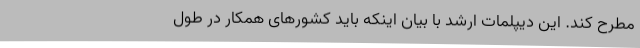
مطرح کند. این دیپلمات ارشد با بیان اینکه باید کشورهای همکار در طول